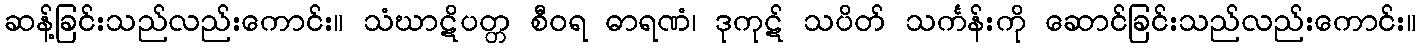
ဆန့်ခြင်းသည်လည်းကောင်း။ သံဃာဋိပတ္တ စီဝရ ဓာရဏံ၊ ဒုကုဋ် သပိတ် သင်္ကန်းကို ဆောင်ခြင်းသည်လည်းကောင်း။